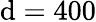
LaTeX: \mathrm{d}=400